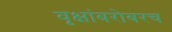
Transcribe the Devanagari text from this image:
वृक्षांबरोबरच